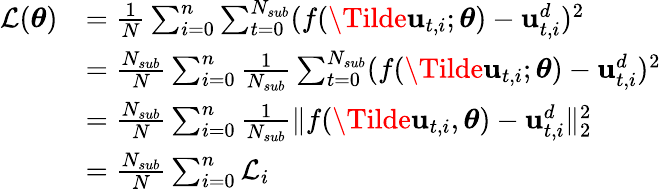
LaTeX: \begin{array}{rl}{\mathcal{L}(\boldsymbol{\theta})}&{=\frac{1}{N}\sum_{i=0}^{n}\sum_{t=0}^{N_{sub}}(f(\Tilde{\mathbf{u}}_{t,i};\boldsymbol{\theta})-\mathbf{u}_{t,i}^{d})^{2}}\\ &{=\frac{N_{sub}}{N}\sum_{i=0}^{n}{\frac{1}{N_{sub}}\sum_{t=0}^{N_{sub}}(f(\Tilde{\mathbf{u}}_{t,i};\boldsymbol{\theta})-\mathbf{u}_{t,i}^{d})^{2}}}\\ &{=\frac{N_{sub}}{N}\sum_{i=0}^{n}\frac{1}{N_{sub}}\lVert f(\Tilde{\mathbf{u}}_{t,i},\boldsymbol{\theta})-\mathbf{u}_{t,i}^{d}\rVert_{2}^{2}}\\ &{=\frac{N_{sub}}{N}\sum_{i=0}^{n}\mathcal{L}_{i}}\end{array}